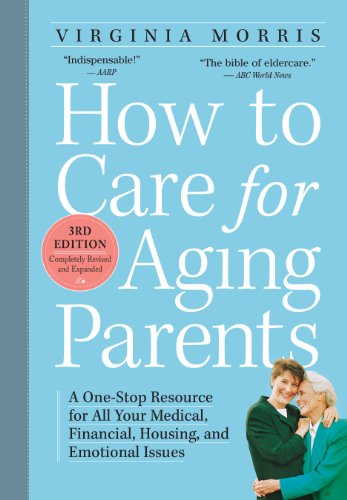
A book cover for How to Care for Aging Parents, 3rd Edition: A One-Stop Resource for All Your Medical, Financial, Housing, and Emotional Issues; Virginia Morris; Parenting & Relationships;